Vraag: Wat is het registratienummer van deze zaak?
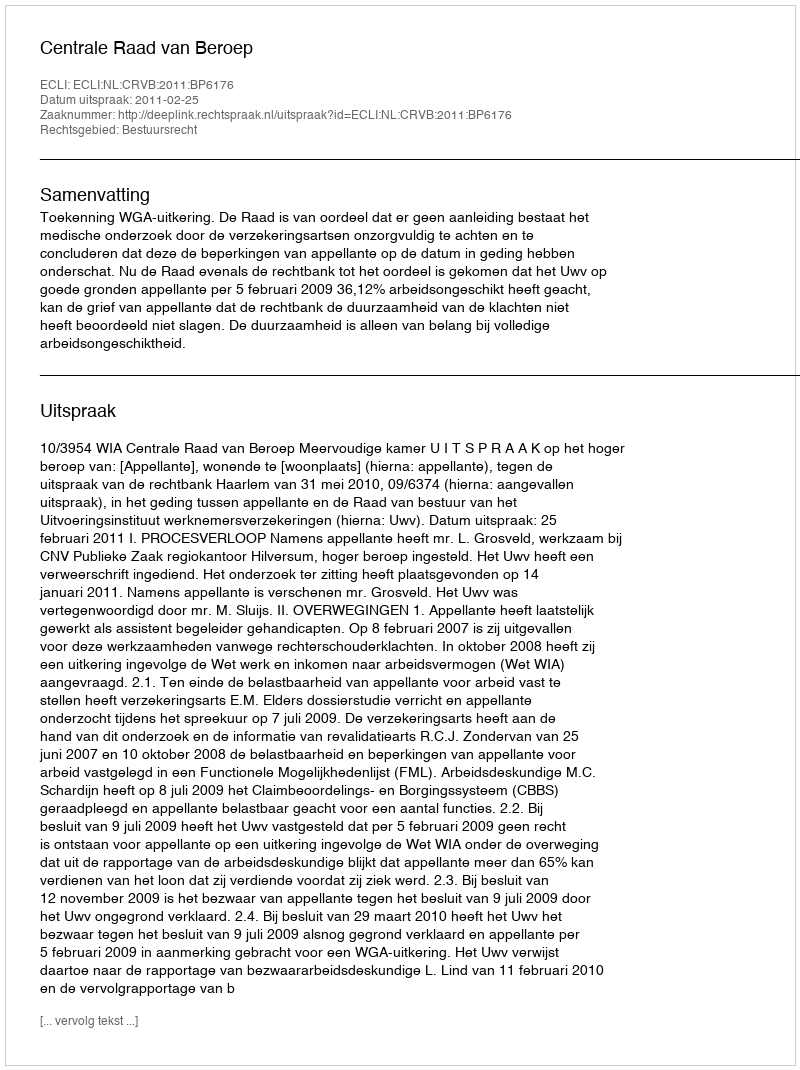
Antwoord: http://deeplink.rechtspraak.nl/uitspraak?id=ECLI:NL:CRVB:2011:BP6176